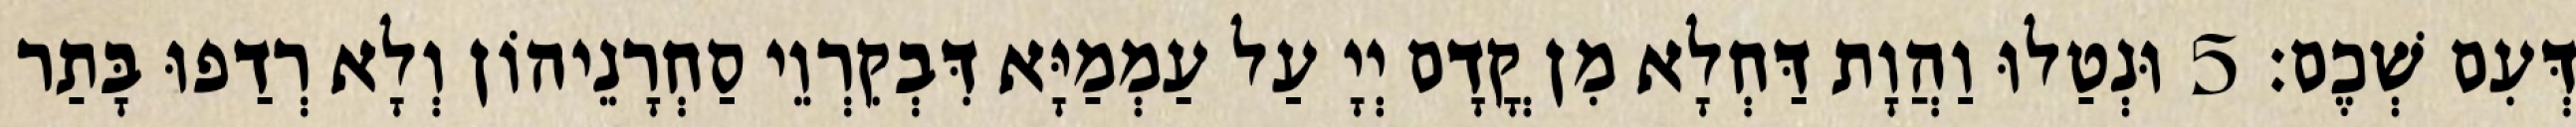
דְּעִם שְׁכֶם׃ 5 וּנְטַלוּ וַהֲוָת דַּחְלָא מִן קֳדָם יְיָ עַל עַמְמַיָּא דִּבְקִרְוֵי סַחְרָנֵיהוֹן וְלָא רְדַפוּ בָּתַר